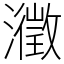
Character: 瀓